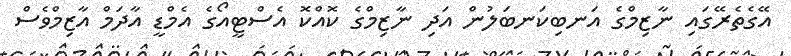
އޭގެތެރޭގައި ނާޒިމްގެ އަނބިކަނބަލުން އަދި ނާޒިމްގެ ކޮއްކޮ އެސްޓީއޯގެ އެމްޑީ އާދަމް އާޒިމްވެސް